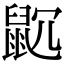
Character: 𪕁